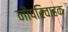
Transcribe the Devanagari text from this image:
नौपरिवाहक